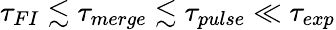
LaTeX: \tau_{FI}\lesssim\tau_{merge}\lesssim\tau_{pulse}\ll\tau_{exp}